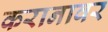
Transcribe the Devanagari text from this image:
करानावर